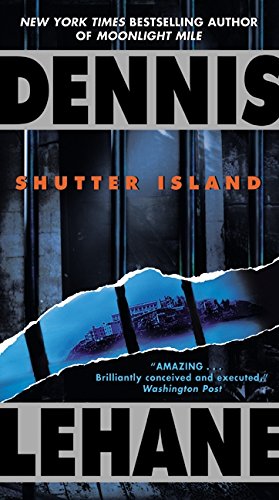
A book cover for Shutter Island; Dennis Lehane; Literature & Fiction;